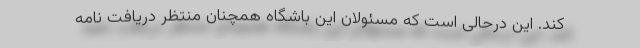
کند. این درحالی است که مسئولان این باشگاه همچنان منتظر دریافت نامه